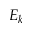
E _ { k }